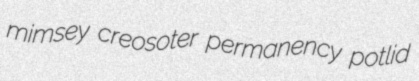
mimsey creosoter permanency potlid